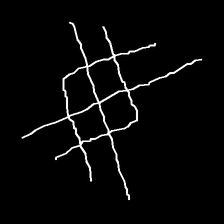
Glyph: crystal